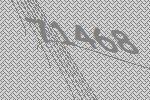
71468